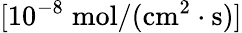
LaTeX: [10^{-8}\; \mathrm{mol/(cm^{2}\cdot s)}]